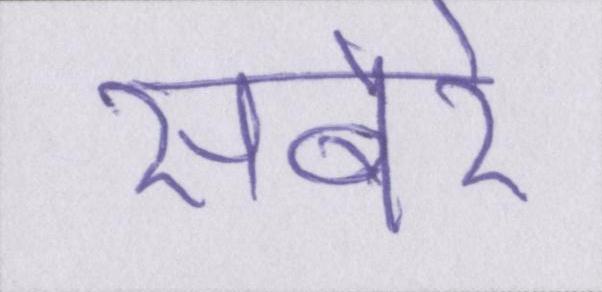
सबेरे